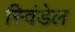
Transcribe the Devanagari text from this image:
स्विंडेल